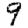
Digit: 9